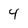
Character: 4